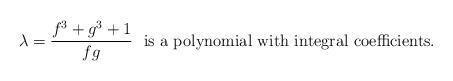
LaTeX: \begin{align*}\lambda = \frac{f^3+g^3+1}{fg} \textrm{\ \ is a polynomial with integral coefficients.}\end{align*}